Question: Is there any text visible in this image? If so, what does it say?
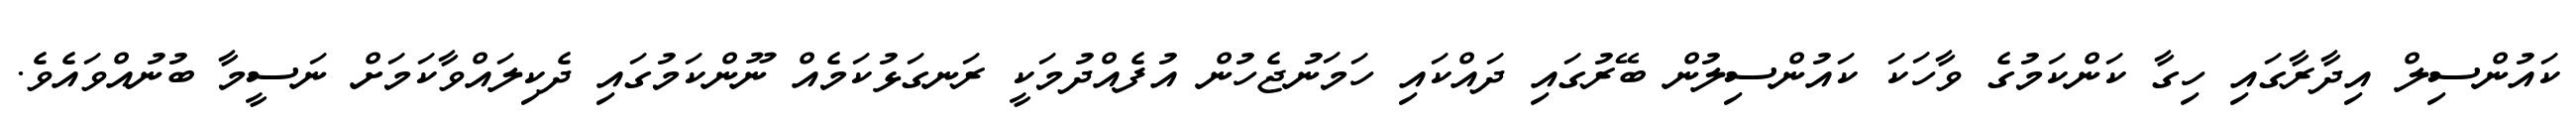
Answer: ކައުންސިލް އިދާރާގައި ހިގާ ކަންކަމުގެ ވާހަކަ ކައުންސިލުން ބޭރުގައި ދައްކައި ހަމަނުޖެހުން އުފެއްދުމަކީ ރަނގަޅުކަމެއް ނޫންކަމުގައި ދެކިލައްވާކަމަށް ނަސީމާ ބުނުއްވައެވެ.